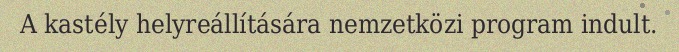
A kastély helyreállítására nemzetközi program indult.